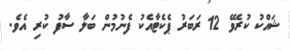
ޝައްކު ކުރެވޭ 12 ރަބަރު ޕެކެޓާއެކު ފެނުމުން ބަލާ ސާފު ކުރި އެވެ.